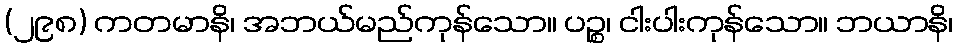
(၂၉၈) ကတမာနိ၊ အဘယ်မည်ကုန်သော။ ပဉ္စ၊ ငါးပါးကုန်သော။ ဘယာနိ၊